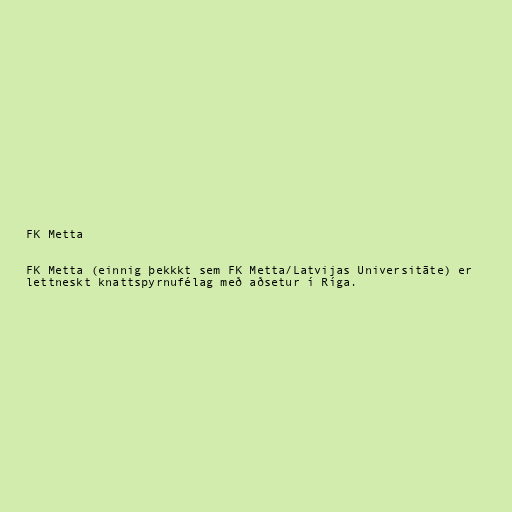
FK Metta

FK Metta (einnig þekkkt sem FK Metta/Latvijas Universitāte) er
lettneskt knattspyrnufélag með aðsetur í Ríga.